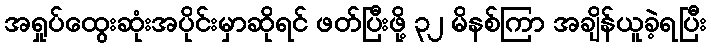
အရှုပ်ထွေးဆုံးအပိုင်းမှာဆိုရင် ဖတ်ပြီးဖို့ ၃၂ မိနစ်ကြာ အချိန်ယူခဲ့ရပြီး